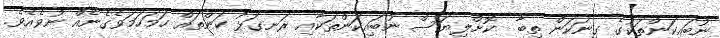
ނުބައިކަންތަކުގެ ގިނަކަން ތިބާ  ކޮށްލިޔަސް ނުބައިކަންތަކާއި ރަނގަޅު ކަންތައް ހަމަހަމަވެގެނެއް ނުވެއެވެ.